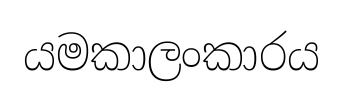
යමකාලංකාරය